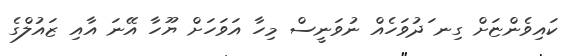
ކައިވެންޏަށް ގިނ ަދުވަހެއް ނުވަނީސް މިހާ އަވަހަށް ޔޫހާ އޭނަ އާއި ޒައުލްގެ